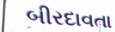
બીરદાવતા